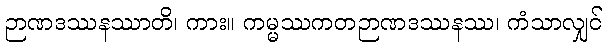
ဉာဏဒဿနဿာတိ၊ ကား။ ကမ္မဿကတဉာဏဒဿနဿ၊ ကံသာလျှင်